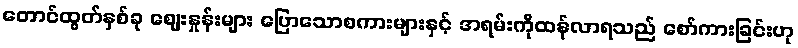
တောင်ထွတ်နှစ်ခု ဈေးနှုန်းများ ပြောသောစကားများနှင့် အရမ်းကိုထန်လာရသည် စော်ကားခြင်းဟု